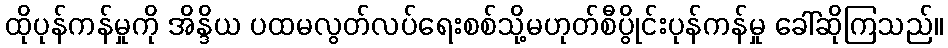
ထိုပုန်ကန်မှုကို အိန္ဒိယ ပထမလွတ်လပ်ရေးစစ်သို့မဟုတ်စီပွိုင်းပုန်ကန်မှု ခေါ်ဆိုကြသည်။